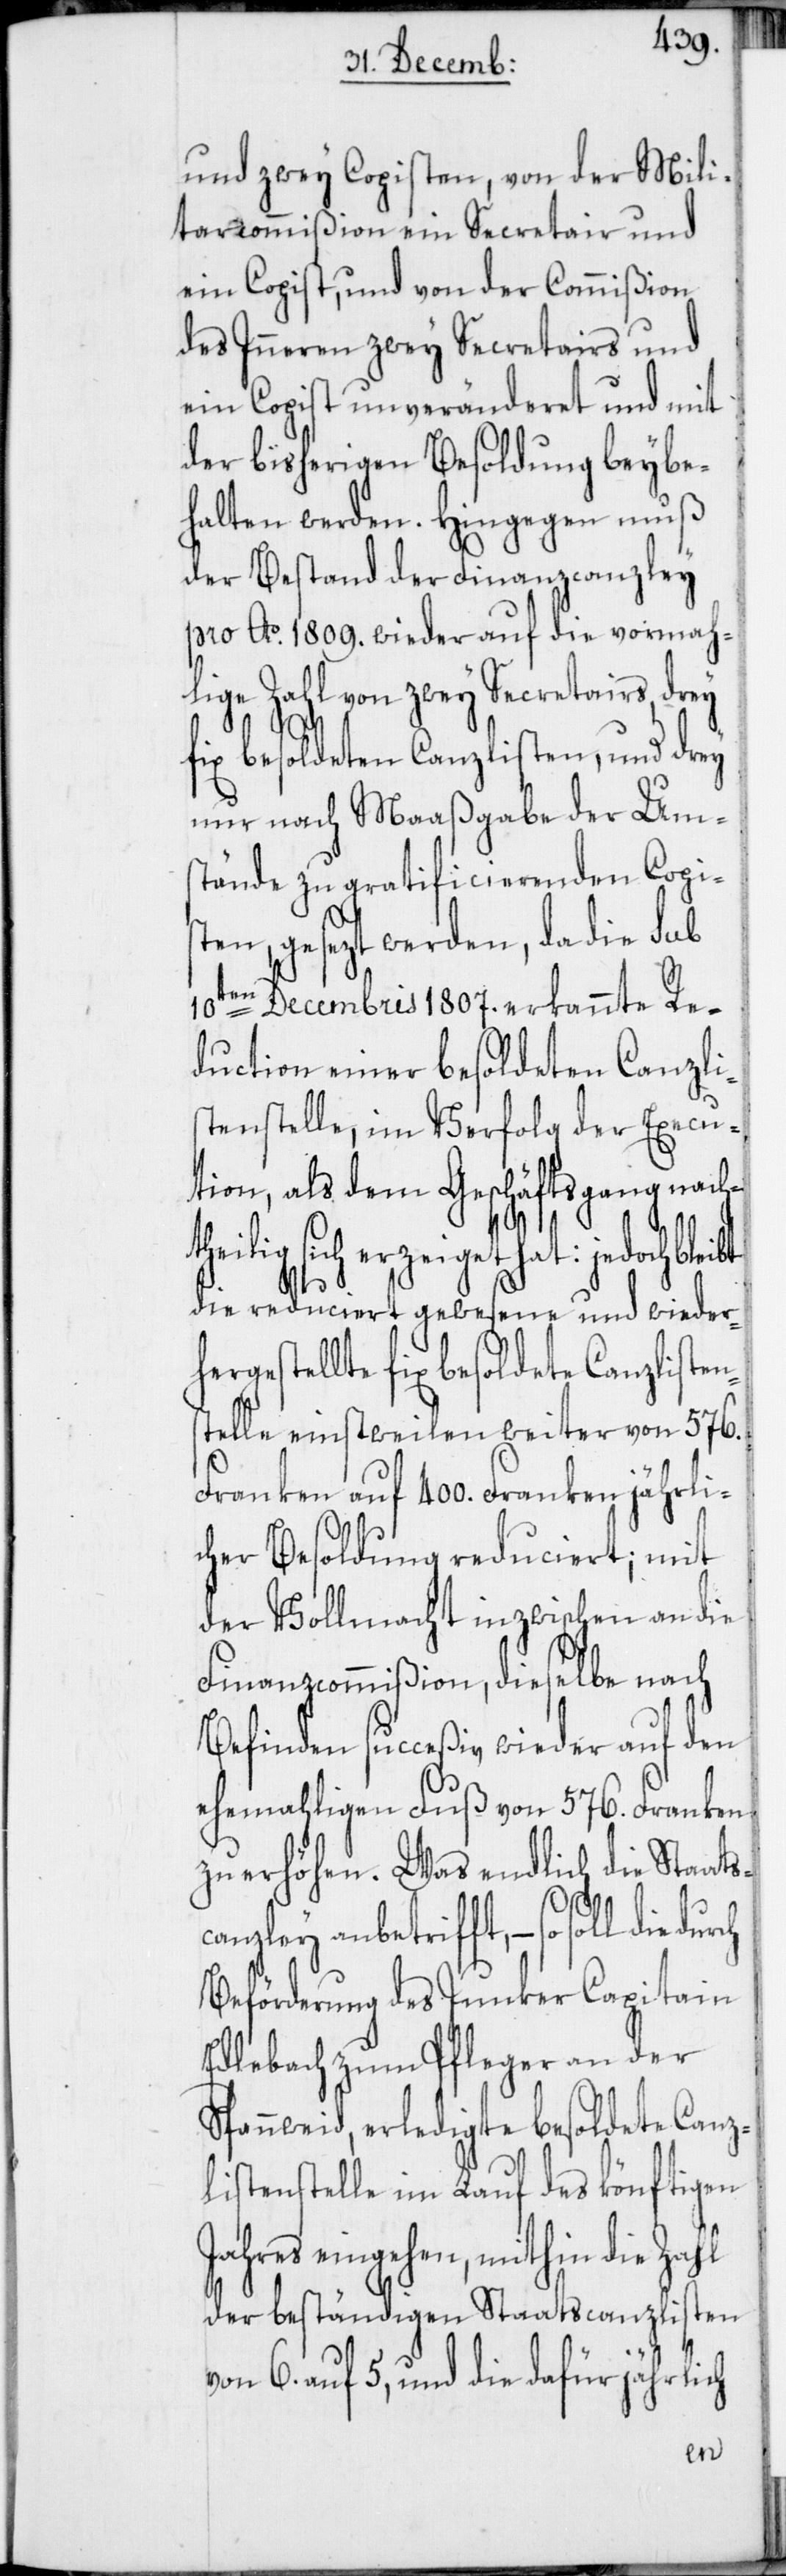
und zwey Copisten, von der Mili¬
tarcommißion ein Secretair und
ein Copist, und von der Commißion
des Inneren zwey Secretairs und
ein Copist unveränderet und mit
der bisherigen Besoldung beybe¬
halten werden. Hingegen muß
der Bestand der Finanzcanzley
pro Ao. 1809. wieder auf die vormah¬
lige Zahl von zwey Secretairs, drey
fix besoldeten Canzlisten, und drey
nur nach Maaßgabe der Um¬
stände zu gratificierenden Copis¬
ten, gesezt werden, da die sub
10ten Decembris 1807. erkannte Re¬
duction einer besoldeten Canzli¬
stenstelle, im Verfolg der Execu¬
tion, als dem Geschäftsgang nacht¬
hat: jedoch bleibt
die reduciert gewesene und wiederh¬
ergestellte fix besoldete Canzlisten¬
telle einstweilen weiter von 576.
Franken auf 400. Franken jährli¬
cher Besoldung reduciert; mit
der Vollmacht inzwischen an die
Finanzcommißion, dieselbe nach
Befinden succeßiv wieder auf den
ehemahligen Fuß von 576. Franken
zu erhöhen. Was endlich die Staats¬
canzley anbetrifft, – so soll die
Beförderung des Junker Capitain
Edlebach zum Pfleger an der
Spannweid, erledigte besoldete Canz¬
listenstelle im Lauf des könftigen
Jahres eingehen, mithin die Zahl
der beständigen Staatscanzlisten
von 6. auf 5, und die dafür jährlich
s¬